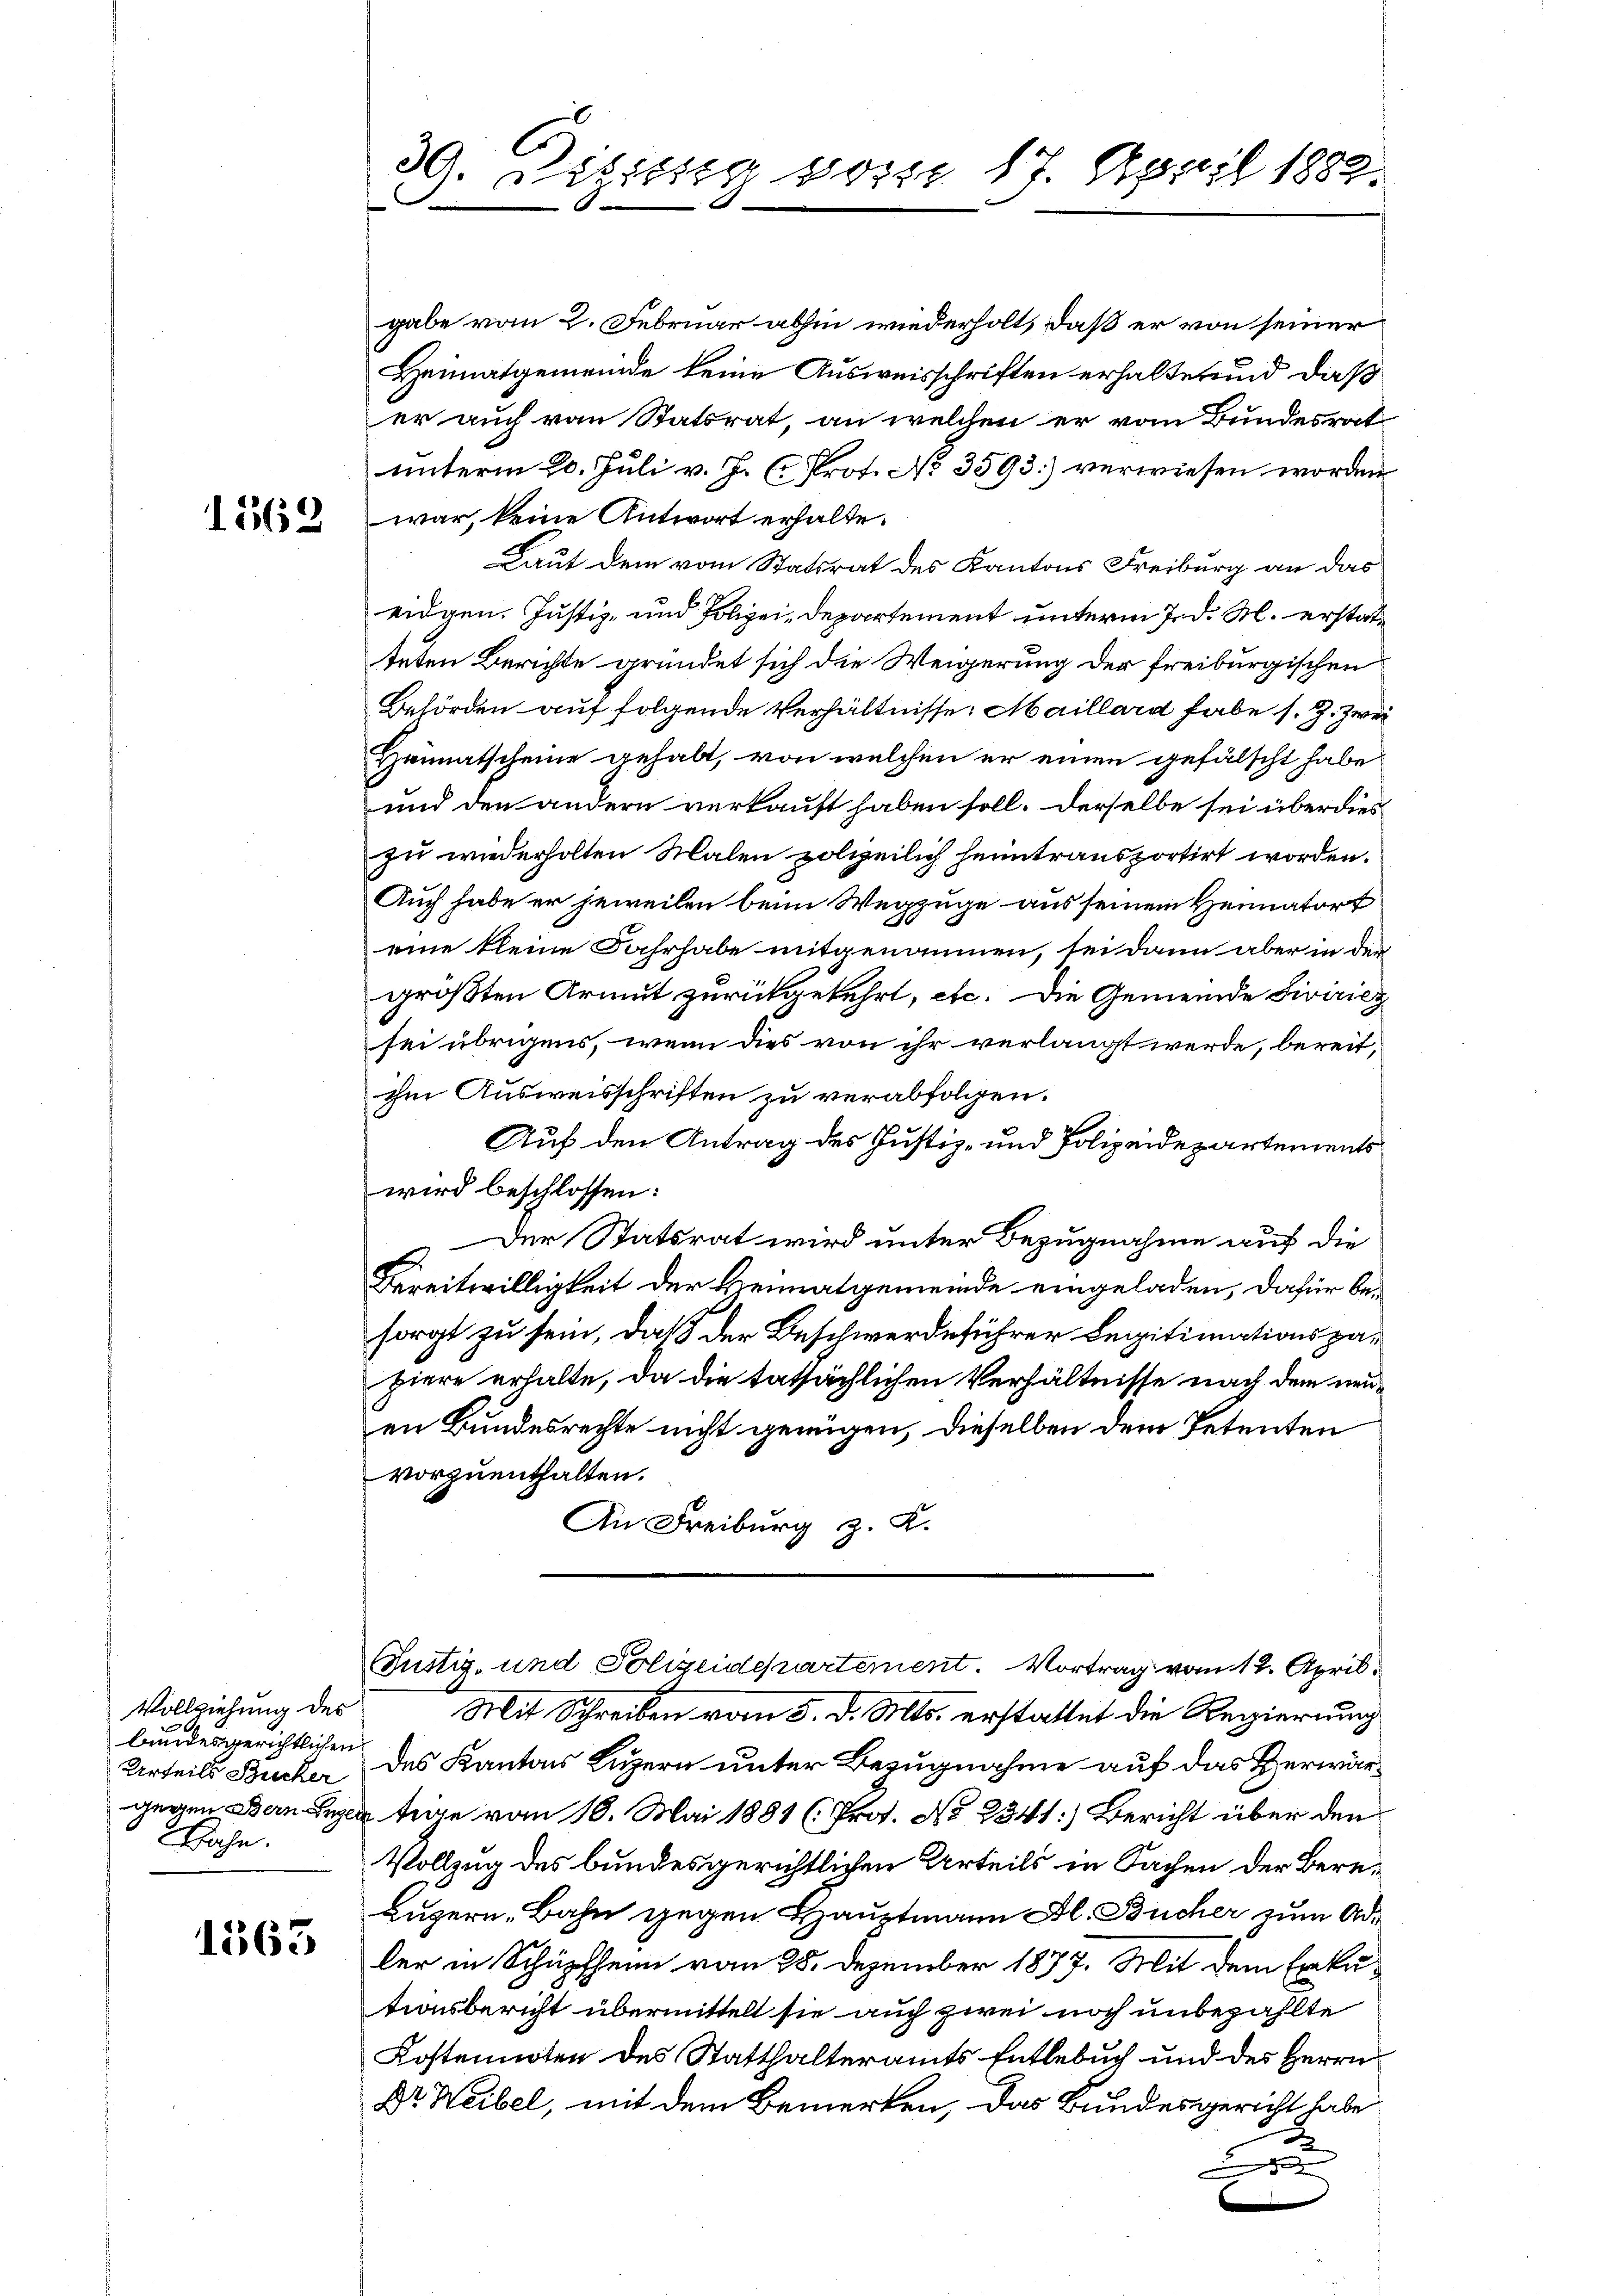
1562

Vollziehung des
bundesgerichtlichen
Urteils Bucker
ahn.

1563

.
29. Defizig vom 17. April 1883.

gabe vom 2. Februar abhin wiederholt, daß er von seiner
Heimatgemeinde keine Ausweisschriften erhaltet und daß
er auch von Statsrat, an welchen er vom Bundesrat
unterm 20. Juli v. J. C. Prof. No 3593] verwiesen worden
war, keine Antwort erhalte.
Laut dem vom Statsrat des Kantons Freiburg an das
eidgen. Justiz- und Polizei-Departement unterm 7. d. M. erstatteten Berichte gründet sich die Weigerung der freiburgischen
Behörden auf folgende Verhältnisse. Maillard habe s. Z. Zwei
Heimatscheine gehabt, von welchen er einen gefälscht habe
und den andern verkauft haben soll. Derselbe sei überdies
zu wiederholten Malen polizeilich heimtransportirt worden.
Auch habe er jeweilen beim Wegzuge aus seinem Heimatort
eine kleine Jahrhabe mitgenommen, sei dann aber in der
größten Armut zurückgekehrt, etc. Die Gemeinde Siviricy
sei übrigens, wenn dies von ihr verlangt werde, bereit,
ihm Ausweisschriften zu verabfolgen.
Auf den Antrag des Justiz- und Polizeidepartements
wird beschlossen:
Der Statsrat wird unter Bezugnahme auf die
Bereitwilligkeit der Heimatgemeinde eingeladen, dafür besorgt zu sein, daß der Beschwerdeführer Legitimationspahiere erhalte, da die tatsächlichen Verhältnisse nach dem neuen Bundesrechte nicht genügen, dieselben dem Petenten
vorzuenthalten.
An Freiburg z. K.
Justiz- und Polizeidepartement. Vortrag vom 12. April.
Mit Schreiben vom 5. d. Mts. erstattet die Regierung
des Kantons Luzern unter Bezugnahme auf das Herwärgegen Bern Luzer tige vom 10. Mai 1881 (Prot. No 2341] Bericht über den
Vollzug des bundesgerichtlichen Urteils in Sachen der Bere¬
Luzern, Bahn gegen Hauptmann Fl. Bücher zum Adler in Schüpfheim vom 28. Dezember 1877. Mit dem Erkutionsbericht übermittelt sie auch zwei noch unbezahlte
Kostennoten des Statthalteramts Entlebuch und des Herrn
Dr Weibel, mit dem Bemerken, das Bundesgericht habe
2
.